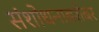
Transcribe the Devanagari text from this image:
संशोधनाबरोबर